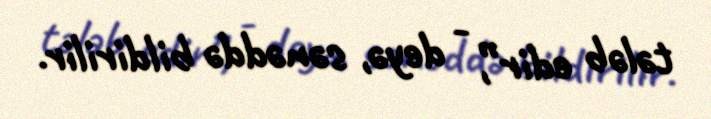
tələb edir”, - deyə, sənəddə bildirilir.